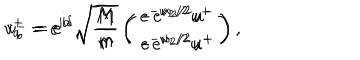
LaTeX: v _ { a } ^ { + } = e ^ { i \alpha } \sqrt { \frac { M } { m } } \left( \begin{matrix} { { e ^ { - w _ { 2 } / 2 } u ^ { + } } } \\ { { - e ^ { w _ { 2 } / 2 } u ^ { + } } } \\ \end{matrix} \right) \hspace { 0 . 5 c m } v _ { b } ^ { - } = e ^ { i \delta } \sqrt { \frac { M } { m } } \left( \begin{matrix} { { - e ^ { w _ { 2 } / 2 } u ^ { - } } } \\ { { e ^ { - w _ { 2 } / 2 } u ^ { - } } } \\ \end{matrix} \right) ,